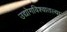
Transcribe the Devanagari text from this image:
उद्योगविश्वातल्या